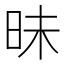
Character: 昧